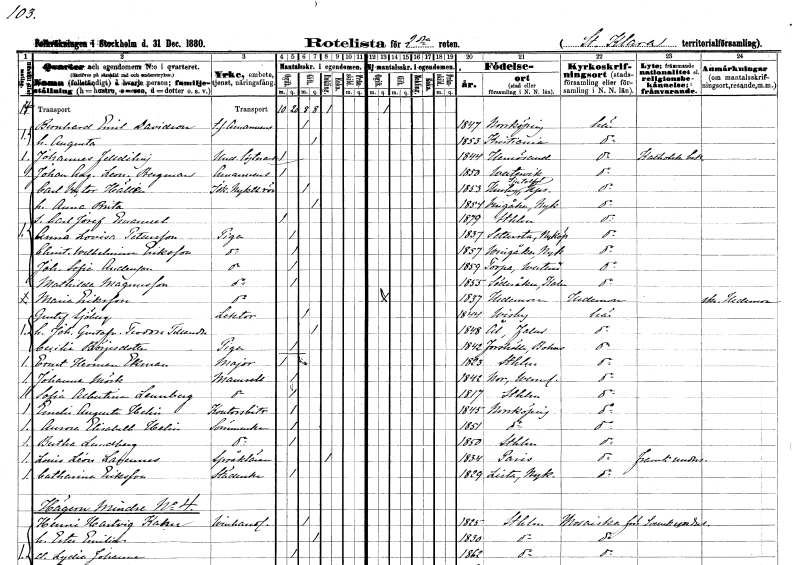
gt_parse: households: individuals: FN: Bernhard Emil
EN: Davidson
YRKE: Amanuens t.f.
KON: M
CIV: G
FODAR: 1847
FODFORS: Norrköping Östergötlands län
FN: Augusta
KON: K
CIV: G
FODAR: 1853
FN: Johannes
EN: Felldiling
YRKE: Underlöjtnant
KON: M
CIV: O
FODAR: 1844
FODFORS: Härnösand Västernorrlands län
FN: Johan August Leonard
EN: Bergman
YRKE: Amanuens
KON: M
CIV: O
FODAR: 1850
FODFORS: Västervik Kalmar län
FN: Carl Victor
EN: Hällén
YRKE: Nykterhetsidkare
KON: M
CIV: G
FODAR: 1853
FODFORS: Husby-Sjutolft Uppsala län
FN: Anna Brita
KON: K
CIV: G
FODAR: 1854
FODFORS: Vingåker Södermanlands län
FN: Carl Josef Emanuel
KON: M
CIV: O
FODAR: 1879
FODFORS: Stockholm
FN: Anna Lovisa
EN: Pettersson
YRKE: Piga
KON: K
CIV: O
FODAR: 1837
FODFORS: Sättersta Södermanlands län
FN: Christina Wilhelmina
EN: Eriksson
YRKE: Piga
KON: K
CIV: O
FODAR: 1857
FODFORS: Vingåker Södermanlands län
FN: Johanna Sofia
EN: Andersson
YRKE: Piga
KON: K
CIV: O
FODAR: 1859
FODFORS: Torpa Västmanlands län
FN: Mathilda
EN: Magnusson
YRKE: Piga
KON: K
CIV: O
FODAR: 1855
FODFORS: Söderåkra Kalmar län
FN: Maria
EN: Eriksson
YRKE: Piga
KON: K
CIV: O
FODAR: 1837
FODFORS: Hedemora Kopparbergs län
FN: Gustaf
EN: Sjöberg
YRKE: Lektor
KON: M
CIV: G
FODAR: 1844
FODFORS: Visby Gotlands län
FN: Johanna Gustafva Teodora
EN: Tillander
KON: K
CIV: G
FODAR: 1848
FODFORS: Ål Kopparbergs län
FN: Cecilia
EN: Börjesdotter
YRKE: Piga
KON: K
CIV: O
FODAR: 1842
FODFORS: Forshälla Göteborgs- och Bohuslän
FN: Ernst Herman
EN: Ekman
YRKE: Major
KON: M
CIV: O
FODAR: 1823
FODFORS: Stockholm
FN: Johanna
EN: Mörk
KON: K
CIV: O
FODAR: 1842
FODFORS: Nor Värmlands län
FN: Sofia Albertina
EN: Lennberg
KON: K
CIV: O
FODAR: 1817
FODFORS: Stockholm
FN: Emelia Augusta
EN: Helin
YRKE: Kontorsbiträde
KON: K
CIV: O
FODAR: 1845
FODFORS: Norrköping Östergötlands län
FN: Aurora Elisabeth
EN: Helin
YRKE: Sömmerska
KON: K
CIV: O
FODAR: 1851
FODFORS: Norrköping Östergötlands län
FN: Bertha
EN: Lundberg
YRKE: Sömmerska
KON: K
CIV: O
FODAR: 1850
FODFORS: Stockholm
FN: Louis Léon
EN: Larennes
YRKE: Språklärare
KON: M
CIV: E
FODAR: 1834
FN: Catharina
EN: Eriksson
YRKE: Städerska
KON: K
CIV: O
FODAR: 1829
FODFORS: Lista Södermanlands län